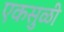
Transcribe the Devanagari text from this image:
एकसुळी